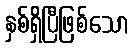
နှစ်ရှိပြီဖြစ်သော